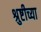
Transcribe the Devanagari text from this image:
श्रुष्टीच्या